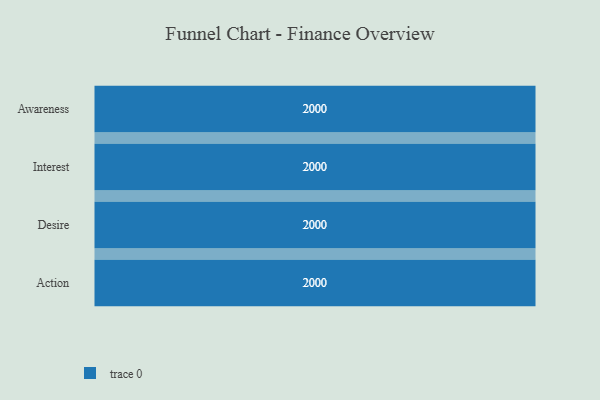
{"axis": {"x": "Stage", "y": "Value"}, "legend": [""], "data": [{"x": "Awareness", "y": 2000, "type": ""}, {"x": "Interest", "y": 2000, "type": ""}, {"x": "Desire", "y": 2000, "type": ""}, {"x": "Action", "y": 2000, "type": ""}]}